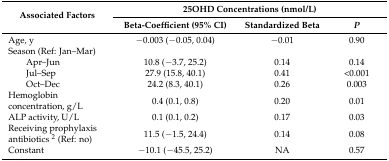
<table><thead><tr><td rowspan="2"><b>Associated Factors</b></td><td colspan="3"><b>25OHD Concentrations (nmol/L)</b></td></tr><tr><td><b>Beta-Coefficient (95% CI)</b></td><td><b>Standardized Beta</b></td><td><b><i>P</i></b></td></tr></thead><tbody><tr><td>Age, y</td><td>−0.003 (−0.05, 0.04)</td><td>−0.01</td><td>0.90</td></tr><tr><td>Season (Ref: Jan–Mar)</td><td></td><td></td><td></td></tr><tr><td>Apr–Jun</td><td>10.8 (−3.7, 25.2)</td><td>0.14</td><td>0.14</td></tr><tr><td>Jul–Sep</td><td>27.9 (15.8, 40.1)</td><td>0.41</td><td>&lt;0.001</td></tr><tr><td>Oct–Dec</td><td>24.2 (8.3, 40.1)</td><td>0.26</td><td>0.003</td></tr><tr><td>Hemoglobin concentration, g/L</td><td>0.4 (0.1, 0.8)</td><td>0.20</td><td>0.01</td></tr><tr><td>ALP activity, U/L</td><td>0.1 (0.1, 0.2)</td><td>0.17</td><td>0.03</td></tr><tr><td>Receiving prophylaxis antibiotics <sup>2</sup> (Ref: no)</td><td>11.5 (−1.5, 24.4)</td><td>0.14</td><td>0.08</td></tr><tr><td>Constant</td><td>−10.1 (−45.5, 25.2)</td><td>NA</td><td>0.57</td></tr></tbody></table>